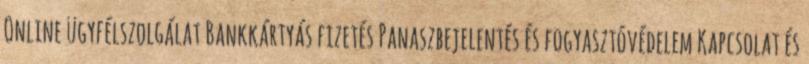
Online ügyfélszolgálat Bankkártyás fizetés Panaszbejelentés és fogyasztóvédelem Kapcsolat és